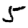
Digit: 5